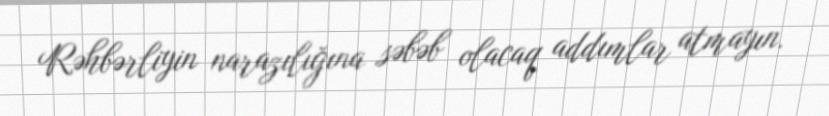
Rəhbərliyin narazılığına səbəb olacaq addımlar atmayın.